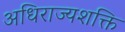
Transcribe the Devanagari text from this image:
अधिराज्यशक्ति